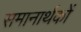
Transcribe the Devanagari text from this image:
समानार्थकों